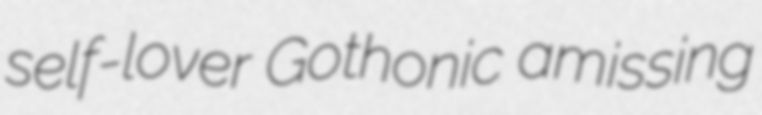
self-lover Gothonic amissing